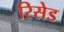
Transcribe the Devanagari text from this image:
रिसेड